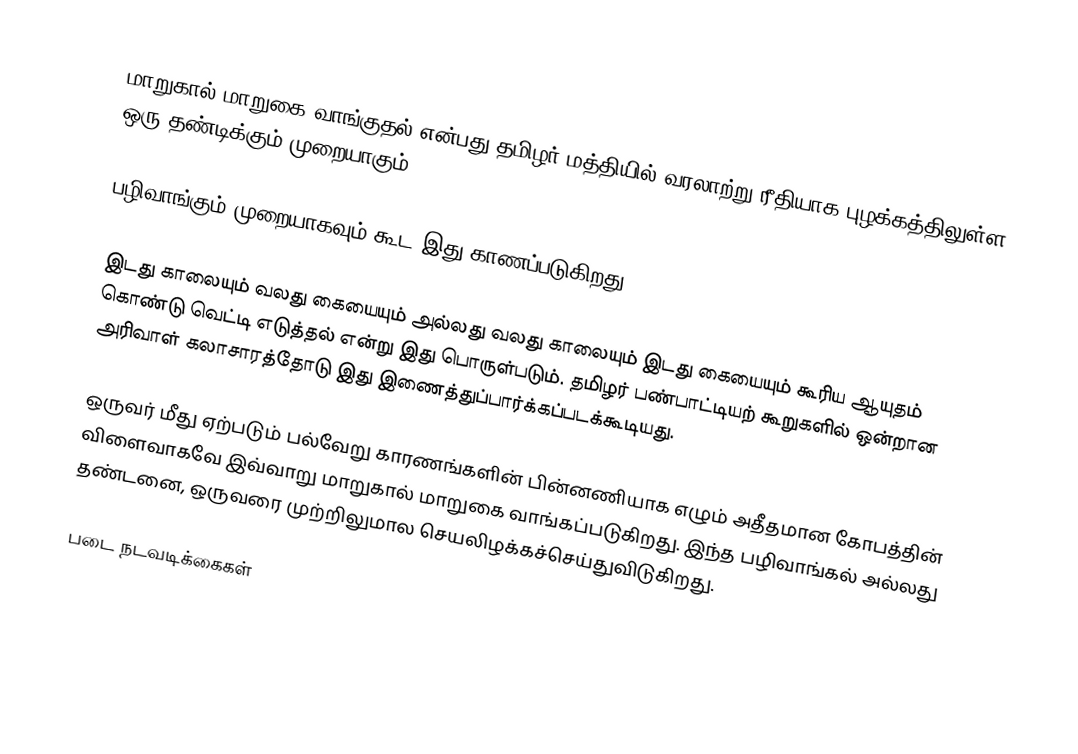
மாறுகால் மாறுகை வாங்குதல் என்பது தமிழர் மத்தியில் வரலாற்று ரீதியாக புழக்கத்திலுள்ள ஒரு தண்டிக்கும் முறையாகும்.

பழிவாங்கும் முறையாகவும் கூட இது காணப்படுகிறது.

இடது காலையும் வலது கையையும் அல்லது வலது காலையும்  இடது கையையும்  கூரிய ஆயுதம் கொண்டு வெட்டி எடுத்தல் என்று இது பொருள்படும். தமிழர் பண்பாட்டியற் கூறுகளில் ஒன்றான அரிவாள் கலாசாரத்தோடு இது இணைத்துப்பார்க்கப்படக்கூடியது.

ஒருவர் மீது ஏற்படும் பல்வேறு காரணங்களின் பின்னணியாக எழும் அதீதமான கோபத்தின் விளைவாகவே இவ்வாறு மாறுகால் மாறுகை வாங்கப்படுகிறது. இந்த பழிவாங்கல் அல்லது தண்டனை, ஒருவரை முற்றிலுமால செயலிழக்கச்செய்துவிடுகிறது.

படை நடவடிக்கைகள்